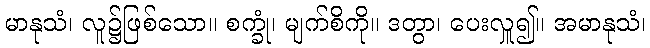
မာနုသံ၊ လူ၌ဖြစ်သော။ စက္ခုံ၊ မျက်စိကို။ ဒတွာ၊ ပေးလှူ၍။ အမာနုသံ၊